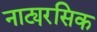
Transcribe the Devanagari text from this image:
नाट्यरसिक